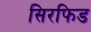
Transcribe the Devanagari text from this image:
सिरफिड